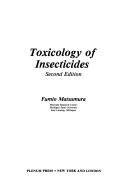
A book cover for Toxicology of Insecticides; Fumio Matusmura; Medical Books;